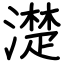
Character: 濋